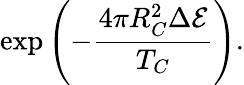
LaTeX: \mathrm{exp}\left(-{\frac{4\pi R_{C}^{2}\Delta{\cal E}}{T_{C}}}\right).